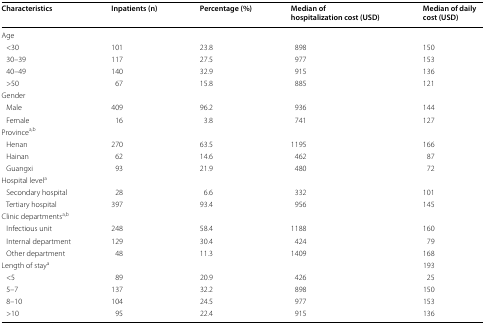
| Characteristics | Inpatients (n) | Percentage (%) | Median of hospitalization cost (USD) | Median of daily cost (USD) |
 | --- | --- | --- | --- | --- |
 | <COLSPAN=5> Age |
 | <30 | 101 | 23.8 | 898 | 150 |
 | 30–39 | 117 | 27.5 | 977 | 153 |
 | 40–49 | 140 | 32.9 | 915 | 136 |
 | >50 | 67 | 15.8 | 885 | 121 |
 | <COLSPAN=5> Gender |
 | Male | 409 | 96.2 | 936 | 144 |
 | Female | 16 | 3.8 | 741 | 127 |
 | <COLSPAN=5> Provincea,b |
 | Henan | 270 | 63.5 | 1195 | 166 |
 | Hainan | 62 | 14.6 | 462 | 87 |
 | Guangxi | 93 | 21.9 | 480 | 72 |
 | <COLSPAN=5> Hospital levela |
 | Secondary hospital | 28 | 6.6 | 332 | 101 |
 | Tertiary hospital | 397 | 93.4 | 956 | 145 |
 | <COLSPAN=5> Clinic departmentsa,b |
 | Infectious unit | 248 | 58.4 | 1188 | 160 |
 | Internal department | 129 | 30.4 | 424 | 79 |
 | Other department | 48 | 11.3 | 1409 | 168 |
 | <COLSPAN=4> Length of staya | 193 |
 | <5 | 89 | 20.9 | 426 | 25 |
 | 5–7 | 137 | 32.2 | 898 | 150 |
 | 8–10 | 104 | 24.5 | 977 | 153 |
 | >10 | 95 | 22.4 | 915 | 136 |